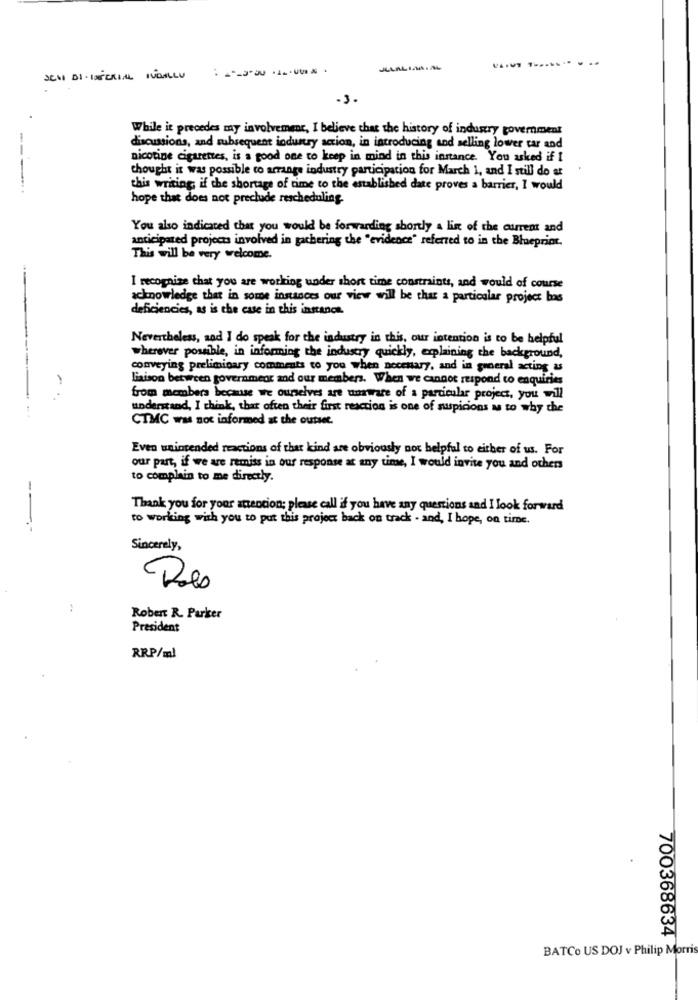
SCHI DI IMPERIAL NUDILLU
-3.
While it precedes my involvement, I believe that the history of industry government
discussions, and subsequent industry action, in introducing and selling lower tar and
nicotine cigarettes, is a good one to keep in mind in this instance. You asked if I
thought it was possible to arrange industry participation for March 1, and I still do at
---.
this writing, if the shortage of time to the established date proves a barrier, I would
hope that does not precluade rescheduling.
You also indicated that you would be forwarding shortly a list of the current and
anticipated projects involved in gathering the "evidence" referred to in the Blueprint.
This will be very welcome.
I recognize that you are working under short time constraints, and would of course
acknowledge that in some instances our view will be that a particular project bas
deficiencies, as is the case in this instance.
Nevertheless, and I do speak for the industry in this, our intention is to be helpful
wherever possible, in informing the industry quickly, explaining the background,
conveying preliminary comments to you when necesary, and in general acting &
-
liaison between government and our members. When we cannot respond to enquiries
from members because we ourselves are unaware of a particular project, you will
understand, I think, that often their first reaction is one of suspicions w to why the
CTMC was not informed at the outset.
Even unintended reactions of that kind are obviously not helpful to either of us. For
our part, if we are remiss in our response at any tine, I would invite you and others
to complain to me directly.
Thank you for your attention; please call if you have any questions and I look forward
to working with you to put this project back on track . and, I hope, on time.
Sincerely,
Res
Robert R. Parker
President
RRP/ml
700368634
BATCo US DOJ v Philip Morris